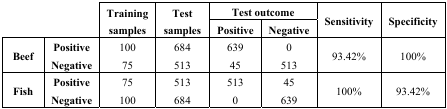
<table><thead><tr><td rowspan="3" colspan="2"></td><td rowspan="3"><b>Training samples</b></td><td rowspan="3"><b>Test samples</b></td><td colspan="2"><b>Test outcome</b></td><td rowspan="3"><b>Sensitivity</b></td><td rowspan="3"><b>Specificity</b></td></tr><tr><td><b>Positive</b></td><td><b>Negative</b></td></tr></thead><tbody><tr><td rowspan="2"><b>Beef</b></td><td><b>Positive</b></td><td>100</td><td>684</td><td>639</td><td>0</td><td rowspan="2">93.42%</td><td rowspan="2">100%</td></tr><tr><td><b>Negative</b></td><td>75</td><td>513</td><td>45</td><td>513</td></tr><tr><td rowspan="2"><b>Fish</b></td><td><b>Positive</b></td><td>75</td><td>513</td><td>513</td><td>45</td><td rowspan="2">100%</td><td rowspan="2">93.42%</td></tr><tr><td><b>Negative</b></td><td>100</td><td>684</td><td>0</td><td>639</td></tr></tbody></table>